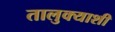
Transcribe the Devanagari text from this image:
तालुक्‍याशी